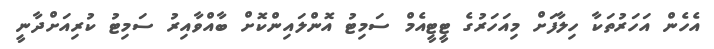
އެހެން އަހަރުތަކާ ހިލާފަށް މިއަހަރުގެ ޓީޓީއެމް ސަމިޓު އޮންލައިންކޮށް ބާއްވާއިރު ސަމިޓު ކުރިއަށްދާނީ